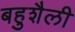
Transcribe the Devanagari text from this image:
बहुशैली